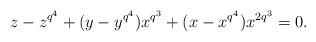
LaTeX: \begin{align*}z-z^{q^4}+(y-y^{q^4})x^{q^3}+(x-x^{q^4})x^{2q^3}=0.\end{align*}